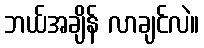
ဘယ်အချိန် လာချင်လဲ။